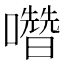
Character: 𡄋